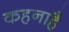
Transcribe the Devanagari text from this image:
कहनाहै